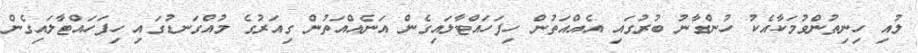
ލުއި ހިނިތުންވުމަކާއެކު ހުންގާނު ބުރުގައި އެއްއަތުން ހިފަހައްޓާލައިގެން އަނެއްއަތުން ގިއަރުގެ މުއްގަނޑުގައި ހިފަހައްޓާލައިގެން